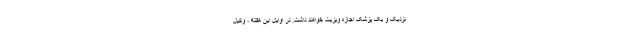
نزدیک و یک پزشک اجازه ویزیت خواهند داشت. در اوایل این هفته ، وکیل